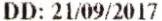
DD: 21/09/2017